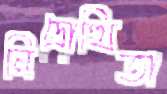
নিদ্রোত্থিতা